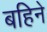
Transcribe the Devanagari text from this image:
बहिने